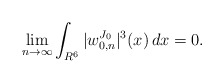
\begin{align*}\lim_{n\to\infty}\int_{R^6}|w^{J_0}_{0,n}|^3(x)\,dx=0.\end{align*}